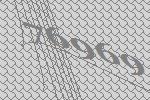
76969